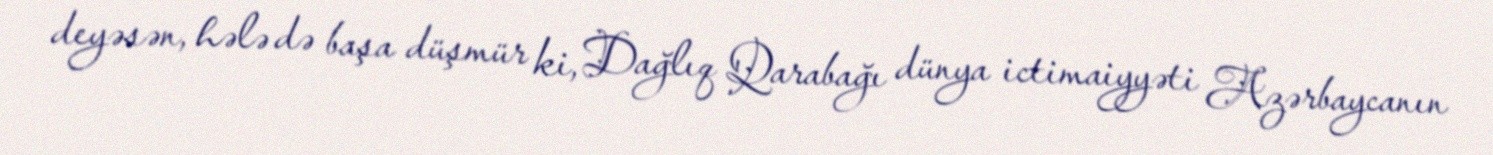
deyəsən, hələ də başa düşmür ki, Dağlıq Qarabağı dünya ictimaiyyəti Azərbaycanın